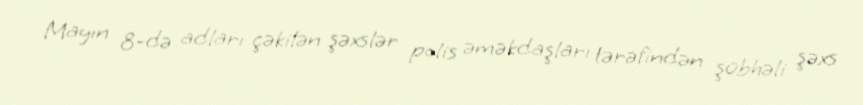
Mayın 8-də adları çəkilən şəxslər polis əməkdaşları tərəfindən şübhəli şəxs